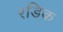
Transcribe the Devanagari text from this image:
रडिक